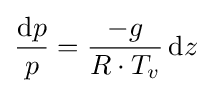
{\frac {\mathrm {d} p}{p}}={\frac {-g}{R\cdot T_{v}}}\,\mathrm {d} z